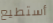
أستطيع